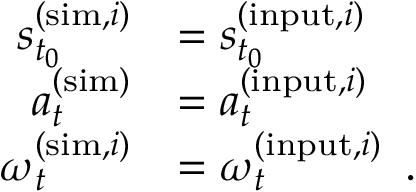
\begin{array} { r } { \begin{array} { r l } { \boldsymbol { s } _ { t _ { 0 } } ^ { ( \mathrm { s i m } , i ) } } & { = \boldsymbol { s } _ { t _ { 0 } } ^ { ( \mathrm { i n p u t } , i ) } } \\ { \boldsymbol { a } _ { t } ^ { ( \mathrm { s i m } ) } } & { = \boldsymbol { a } _ { t } ^ { ( \mathrm { i n p u t } , i ) } } \\ { \boldsymbol { \omega } _ { t } ^ { ( \mathrm { s i m } , i ) } } & { = \boldsymbol { \omega } _ { t } ^ { ( \mathrm { i n p u t } , i ) } \enspace . } \end{array} } \end{array}